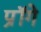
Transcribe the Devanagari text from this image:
प्रॉगे